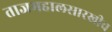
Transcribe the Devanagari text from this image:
ताजमहालसारखीच